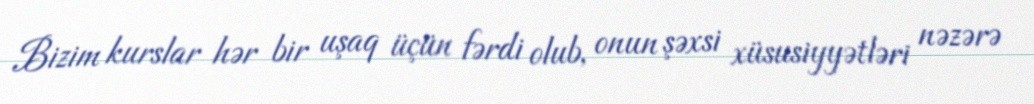
Bizim kurslar hər bir uşaq üçün fərdi olub, onun şəxsi xüsusiyyətləri nəzərə